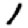
Digit: 1